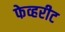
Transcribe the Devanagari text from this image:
फेव्हरीट